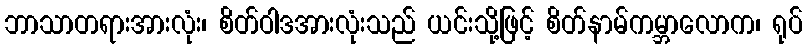
ဘာသာတရားအားလုံး၊ စိတ်ဝါဒအားလုံးသည် ယင်းသို့ဖြင့် စိတ်နာမ်ကမ္ဘာလောက၊ ရုပ်